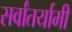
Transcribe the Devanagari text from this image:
सर्वांतर्यामी